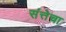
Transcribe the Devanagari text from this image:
संत्तेचा